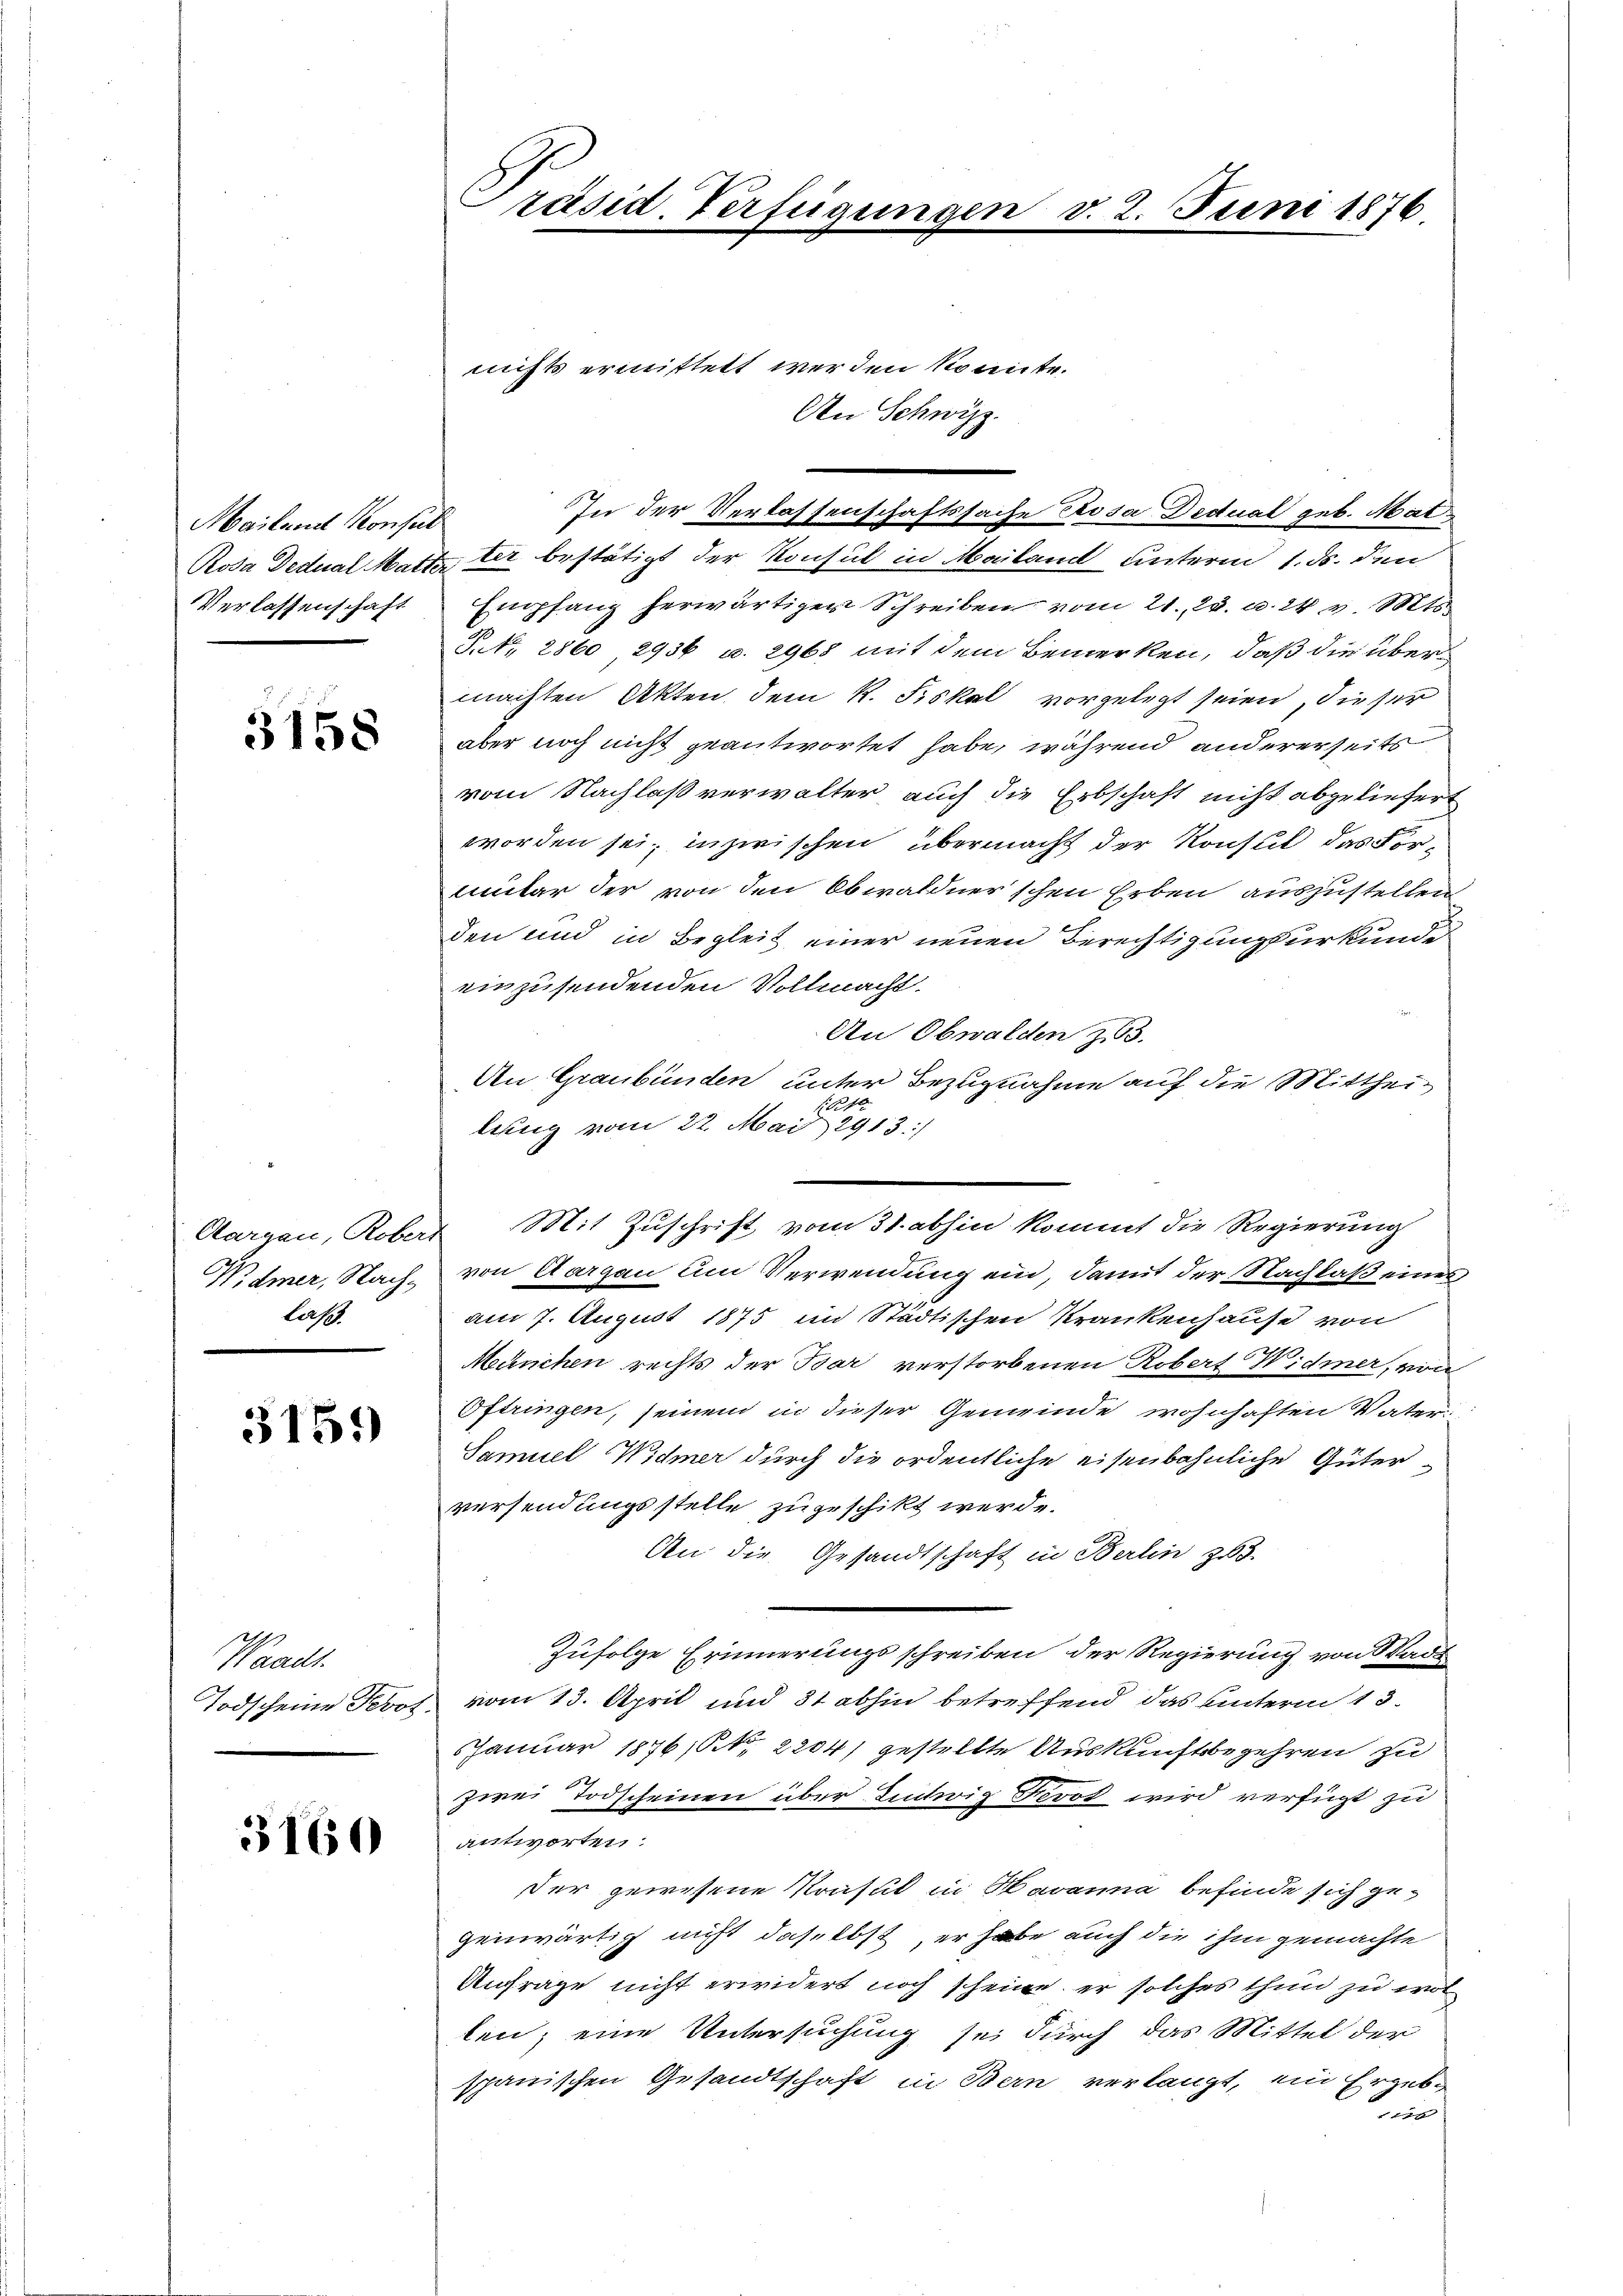
Mailand Konsul
Rosa Dedual Matte
Verlassenschaft

3158

Aargau, Robers
Widmer, Nachlaß.

3151)

Waadt.
Todscheine Prot.

3160

räsid. Verfügungen

nichts ermittet werden könnte.
An Schwyz.

ter bestätigt der Konsul in Mailand unterm 1. ds. den
Empfang herwärtiger Schreiben vom 21. 2. u. 24 v. Mts.
P. Nr. 2860 2936 u. 2965 mit dem Bemerken, daß die über
machten Akten, dem k. Fiskal vorgelegt seien, dieser
aber noch nicht geantwortet habe, während andererseits
vom Nachlaß verwalter auch die Erbschaft nicht abgeliefert
worden sei; inzwischen übermacht der Konsul das Formmter der von den Obwaldner’schen Erben auszustellen
den und in Begleit einer neuen Berechtigungsurkunde
einzusendenden Vollmacht.
An Obwalden z 53.
An Graubünden unter Bezugnahme auf die Mitthei¬
Neft
lung vom 22. Mai 1913./
von Aargau um Verwendung ein, damit der Nachlaß eines
am 7. August 1875 ein Städtischen Krankenhause von
München rechts der Bar verstorbenen Robert Widmer, von
Oftringen, seinem in dieser Gemeinde wohnhaften Vater
Samuel Widmer durch die ordentliche eisenbahnliche Güterversendungsstelle zugeschikt werde.
An die Gesandtschaft in Berlin zu
Zufolge Erinnerungsschreiben der Regierung von Wade
vom 13. April und 31 abhin betreffend das unterm 13.
Januar 1876, No. 2204) gestellte Auskunftsbegehren zu
zwei Todscheinen über Entwiz Fevot wird verfügt zu
antworten:
der gewesene Konsul in Havanna befinde sich gegenwärtig nicht daselbst, er habe auch die ihm gemachte
Anfrage nicht erwidert noch scheine er solches thun zu wol
len; eine Untersuchung sei durch das Mittel der
spanischen Gesandtschaft in Bern verlangt, ein Ergebi

In der Verlassenschaftssache Prosa Dedual geb. Mat¬

Mit Zuschrift vom 31. abhin kommt die Regierung

. 2. Juni 1876